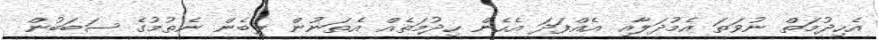
އެހިދުމަތް ނުވަތަ އެމުދަލާއި އެއްފަދަ އެހެން ހިދުމަތެއް އެތަނުން ލިބެން ނެތުމުގެ ސަބަބުން